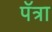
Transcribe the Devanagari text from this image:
पॅत्रा